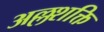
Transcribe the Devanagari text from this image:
अल्लशक्ति